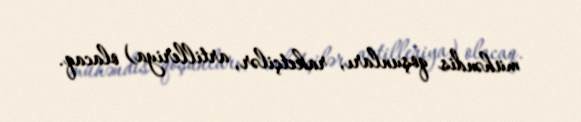
mühəndis qoşunları, raketçilər, artilleriya) olacaq.